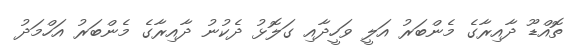
ތޮއްޑޫ ދާއިރާގެ މެންބަރު އަލީ ވަހީދާއި ގަލޮޅު ދެކުނު ދާއިރާގެ މެންބަރު އަހްމަދު